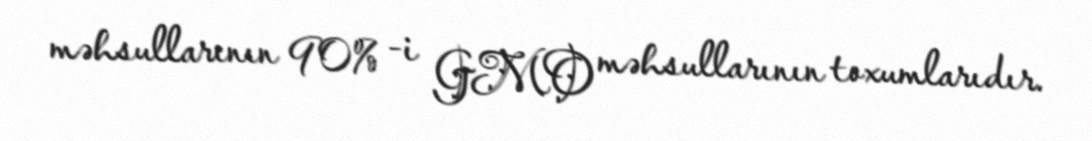
məhsullarının 90% -i GMO məhsullarının toxumlarıdır.